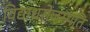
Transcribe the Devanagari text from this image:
विद्याधरोजस्पति